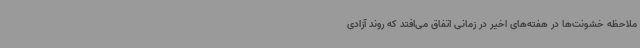
ملاحظه خشونت‌ها در هفته‌های اخیر در زمانی اتفاق می‌افتد که روند آزادی